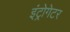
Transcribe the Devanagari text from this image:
इंट्रोगेटर